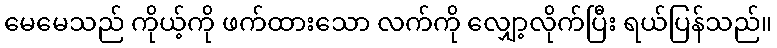
မေမေသည် ကိုယ့်ကို ဖက်ထားသော လက်ကို လျှော့လိုက်ပြီး ရယ်ပြန်သည်။